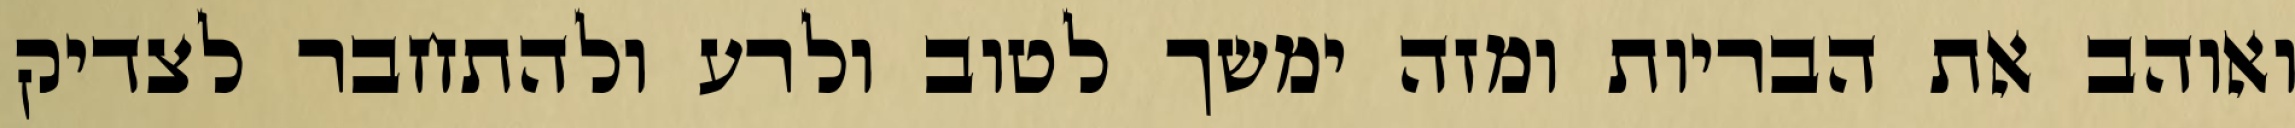
ואוהב את הבריות ומזה ימשך לטוב ולרע ולהתחבר לצדיק